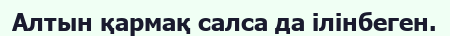
Алтын қармақ салса да ілінбеген.